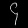
Digit: ၄